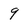
Character: 9